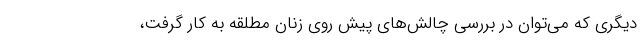
دیگری که می‌توان در بررسی چالش‌های پیش روی زنان مطلقه به کار گرفت،